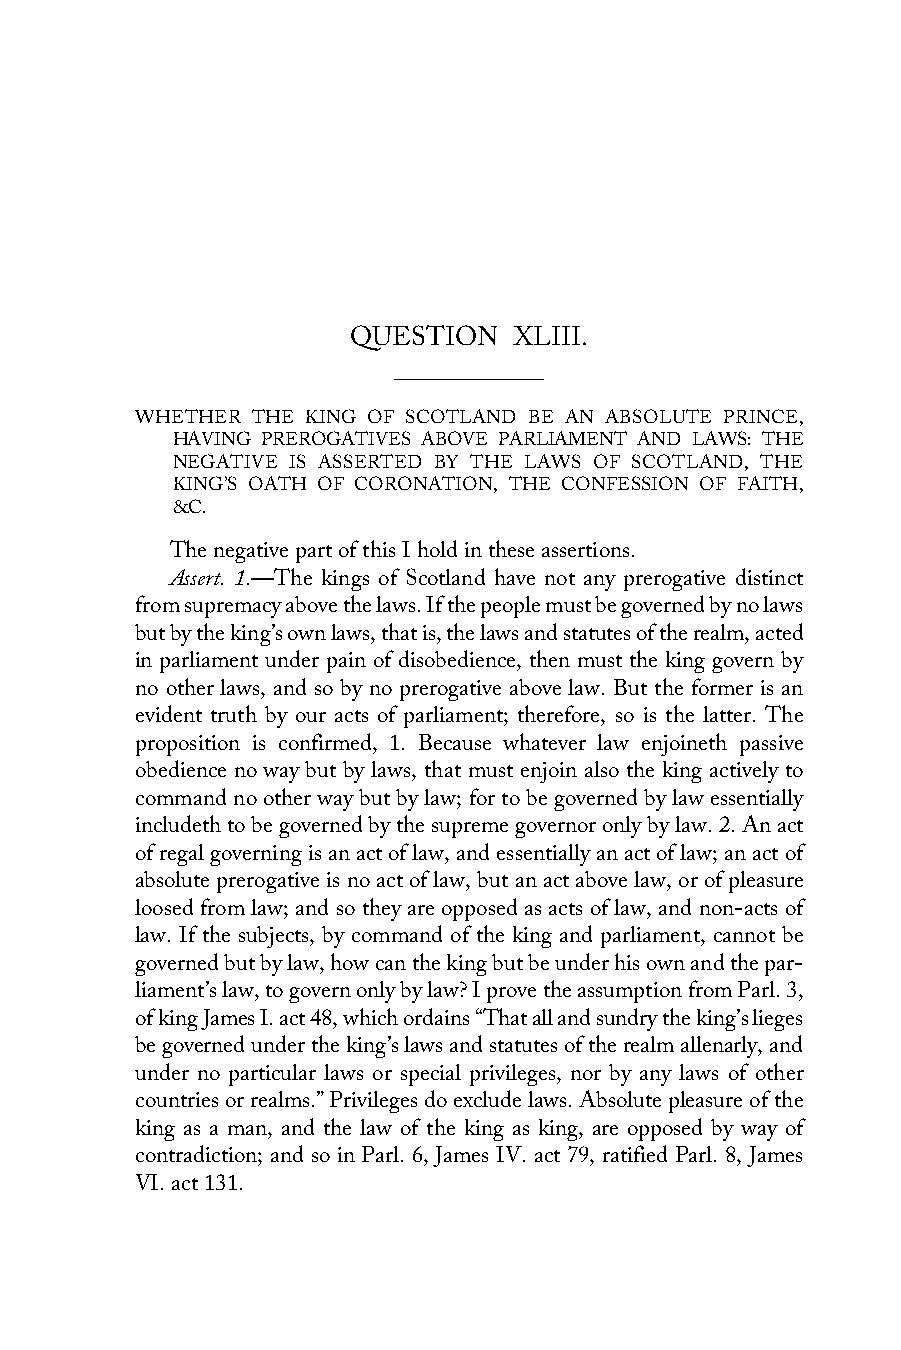
QUESTION   XLIII.
 WHETHER THE KING OF SCOTLAND BE AN ABSOLUTE PRINCE,
 HAVING PREROGATIVES ABOVE PARLIAMENT AND LAWS: THE
 NEGATIVE IS ASSERTED BY THE LAWS OF SCOTLAND, THE
 KING’S OATH OF CORONATION, THE CONFESSION OF FAITH,
 &C.
 The negative part of this I hold in these assertions.
 Assert. 1.—The kings of Scotland have not any prerogative distinct
 from supremacy above the laws. If the people must be governed by no laws
 but by the king’s own laws, that is, the laws and statutes of the realm, acted
 in parliament under pain of disobedience, then must the king govern by
 no other laws, and so by no prerogative above law. But the former is an
 evident truth by our acts of parliament; therefore, so is the latter. The
 proposition is confirmed, 1. Because whatever law enjoineth passive
 obedience no way but by laws, that must enjoin also the king actively to
 command no other way but by law; for to be governed by law essentially
 includeth to be governed by the supreme governor only by law. 2. An act
 of regal governing is an act of law, and essentially an act of law; an act of
 absolute prerogative is no act of law, but an act above law, or of pleasure
 loosed from law; and so they are opposed as acts of law, and non-acts of
 law. If the subjects, by command of the king and parliament, cannot be
 governed but by law, how can the king but be under his own and the par-
 liament’s law, to govern only by law? I prove the assumption from Parl. 3,
 of king James I. act 48, which ordains “That all and sundry the king’s lieges
 be governed under the king’s laws and statutes of the realm allenarly, and
 under no particular laws or special privileges, nor by any laws of other
 countries or realms.” Privileges do exclude laws. Absolute pleasure of the
 king as a man, and the law of the king as king, are opposed by way of
 contradiction; and so in Parl. 6, James IV. act 79, ratified Parl. 8, James
 VI. act 131.